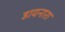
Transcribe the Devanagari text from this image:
डायनारा